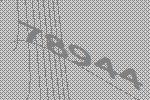
78944